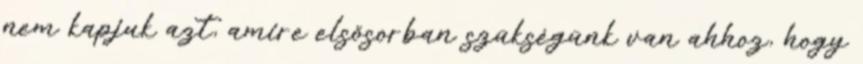
nem kapjuk azt, amire elsősorban szükségünk van ahhoz, hogy